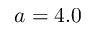
a = 4 . 0